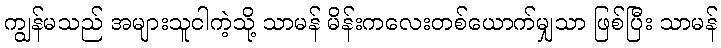
ကျွန်မသည် အများသူငါကဲ့သို့ သာမန် မိန်းကလေးတစ်ယောက်မျှသာ ဖြစ်ပြီး သာမန်